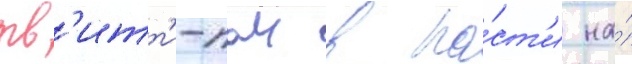
тв'итт'и-паи в па́ст'и на́